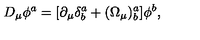
D _ { \mu } \phi ^ { a } = [ \partial _ { \mu } \delta _ { b } ^ { a } + ( \Omega _ { \mu } ) _ { b } ^ { a } ] \phi ^ { b } ,